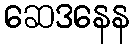
ဆေဒနေန